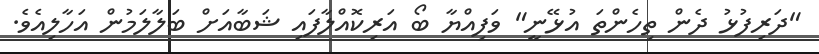
"ދަރިފުޅު ދެން ތިހެންތަ އުޅޭނީ" ވަފިއްޔާ ބޯ އަރިކޮއްލާފައި ޝަބާއަށް ބަލާލަމުން އަހާލިއެވެ.